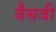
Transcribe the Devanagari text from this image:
बैसवी